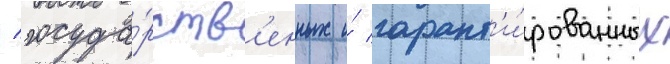
/ госуда́рств'енных и́ гарант'и́рованных